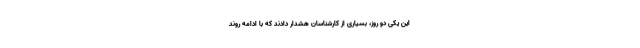
این یکی دو روز، بسیاری از کارشناسان هشدار دادند که با ادامه روند